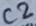
Text: C2